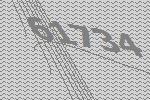
61734